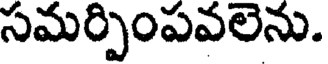
సమర్పింపవలను.